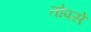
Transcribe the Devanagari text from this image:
तोपसे